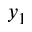
y _ { 1 }